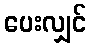
ပေးလျှင်